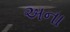
અના